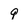
Character: 9